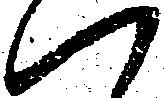
ハ